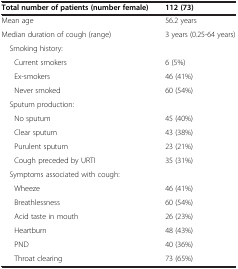
<table><thead><tr><td><b>Total number of patients (number female)</b></td><td><b>112 (73)</b></td></tr></thead><tbody><tr><td>Mean age</td><td>56.2 years</td></tr><tr><td>Median duration of cough (range)</td><td>3 years (0.25-64 years)</td></tr><tr><td> Smoking history:</td><td> </td></tr><tr><td>Current smokers</td><td>6 (5%)</td></tr><tr><td>Ex-smokers</td><td>46 (41%)</td></tr><tr><td>Never smoked</td><td>60 (54%)</td></tr><tr><td> Sputum production:</td><td> </td></tr><tr><td>No sputum</td><td>45 (40%)</td></tr><tr><td>Clear sputum</td><td>43 (38%)</td></tr><tr><td>Purulent sputum</td><td>23 (21%)</td></tr><tr><td>Cough preceded by URTI</td><td>35 (31%)</td></tr><tr><td> Symptoms associated with cough:</td><td> </td></tr><tr><td>Wheeze</td><td>46 (41%)</td></tr><tr><td>Breathlessness</td><td>60 (54%)</td></tr><tr><td>Acid taste in mouth</td><td>26 (23%)</td></tr><tr><td>Heartburn</td><td>48 (43%)</td></tr><tr><td>PND</td><td>40 (36%)</td></tr><tr><td>Throat clearing</td><td>73 (65%)</td></tr></tbody></table>